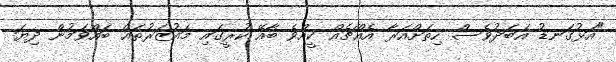
"އަޅުގަނޑު އަބަދުވެސް ހިތަށްއަރާ އެއްޗެއް ކީއްވެ ބާއޭ ކުރީގައި މައުޒަރުތައް ބައްވަމުން ދިޔަ